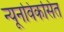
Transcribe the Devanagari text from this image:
न्यूनविकसित